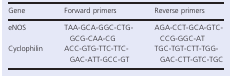
| Gene | Forward primers | Reverse primers |
 | --- | --- | --- |
 | eNOS | TAA-GCA-GGC-CTG-GCG-CAA-CG | AGA-CCT-GCA-GTC-CCG-GGC-AT |
 | Cyclophilin | ACC-GTG-TTC-TTC-GAC-ATT-GCC-GT | TGC-TGT-CTT-TGG-GAC-CTT-GTC-TGC |